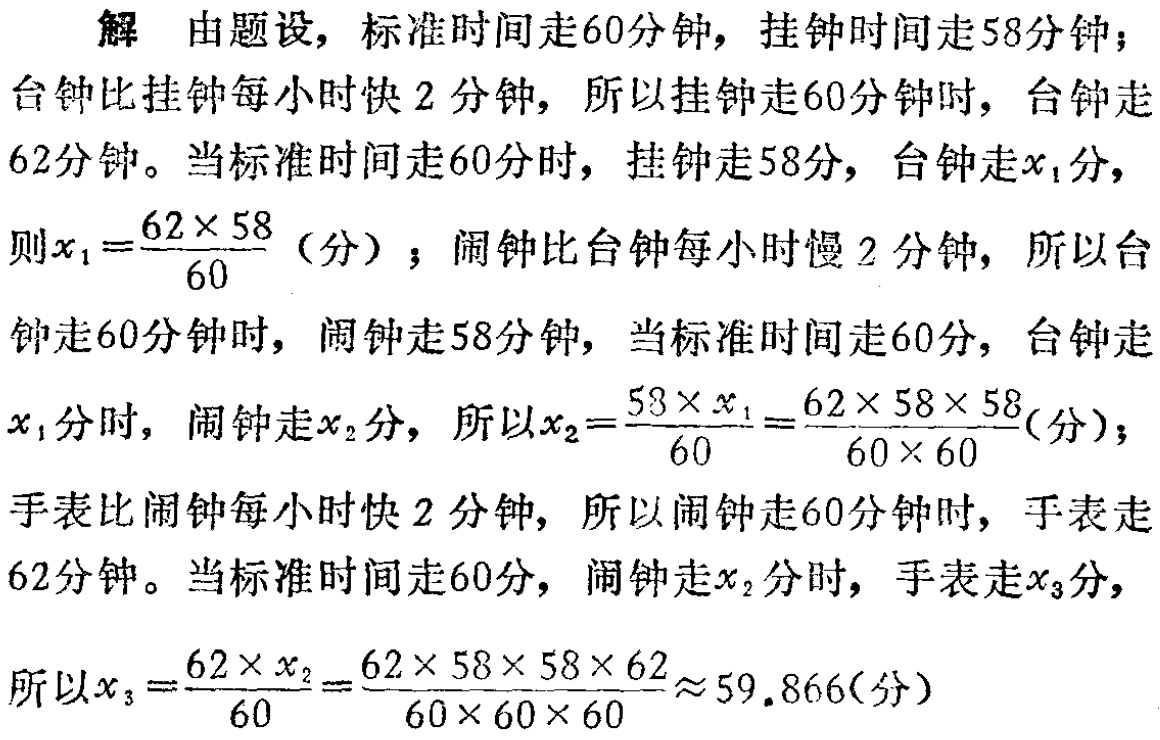
解 由题设，标准时间走60分钟，挂钟时间走58分钟；

台钟比挂钟每小时快2分钟，所以挂钟走60分钟时，台钟走

62分钟。当标准时间走60分时，挂钟走58分，台钟走\(x_1\)分，

则\(x_1 = \frac{62\times58}{60}\)（分）；闹钟比台钟每小时慢2分钟，所以台

钟走60分钟时，闹钟走58分钟，当标准时间走60分，台钟走

\(x_1\)分时，闹钟走\(x_2\)分，所以\(x_2 = \frac{58\times x_1}{60}=\frac{62\times58\times58}{60\times60}\)（分）；

手表比闹钟每小时快2分钟，所以闹钟走60分钟时，手表走

62分钟。当标准时间走60分，闹钟走\(x_2\)分时，手表走\(x_3\)分，

所以\(x_3 = \frac{62\times x_2}{60}=\frac{62\times58\times58\times62}{60\times60\times60}\approx59.866\)（分）